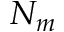
N _ { m }